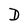
Character: D